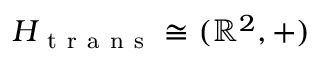
H _ { \mathrm { ~ t ~ r ~ a ~ n ~ s ~ } } \cong ( \mathbb { R } ^ { 2 } , + )